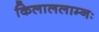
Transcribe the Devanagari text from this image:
किलाललाम्नः